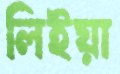
লিইয়া